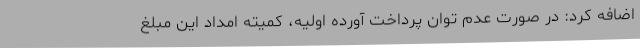
اضافه کرد: در صورت عدم توان پرداخت آورده اولیه، کمیته امداد این مبلغ